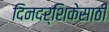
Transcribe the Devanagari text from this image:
दिनदर्शिकेसाठी